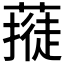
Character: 𱾥